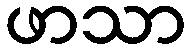
ဖာသာ